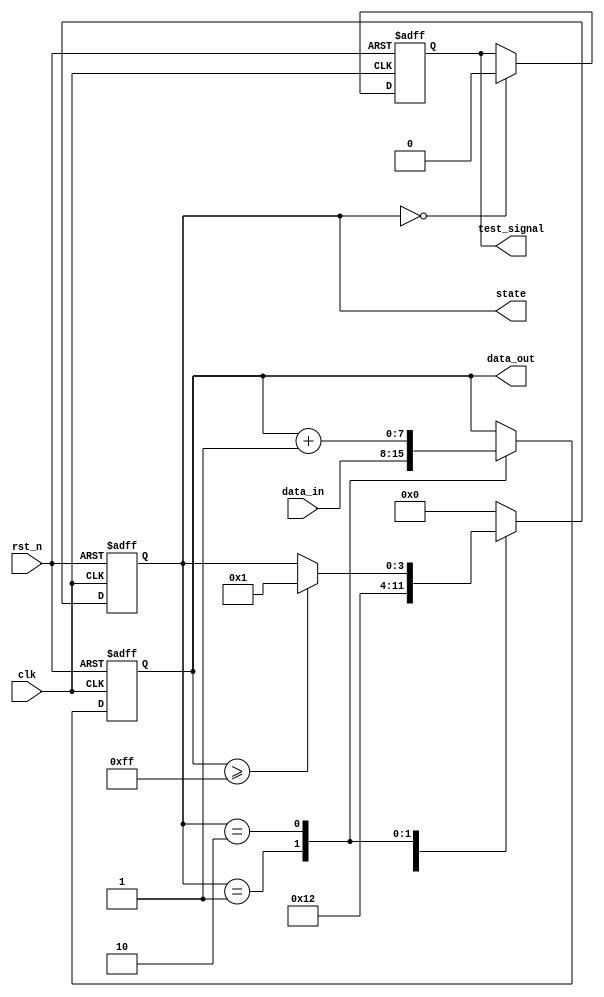
module reset_condition (
    input wire clk,              // Clock input
    input wire rst_n,            // Active-low reset input (active high can be implemented by changing conditions)
    input wire [7:0] data_in,    // Example data input signal
    output reg [7:0] data_out,    // Output signal after processing
    output reg [3:0] state,       // Internal state variable
    output reg test_signal       // Test signal for debug purposes
);

    // Define state constants
    localparam STATE_RESET    = 4'b0000;
    localparam STATE_NORMAL   = 4'b0001;
    localparam STATE_PROCESS  = 4'b0010;

    // Initial state
    initial begin
        state = STATE_RESET;
        data_out = 8'b0;
        test_signal = 1'b0;
    end

    // Synchronous reset behavior
    always @(posedge clk or negedge rst_n) begin
        if (!rst_n) begin
            // Reset condition acknowledged, set to reset state
            state <= STATE_RESET;
            data_out <= 8'b0; // Reset output data to known state
            test_signal <= 1'b1; // Indicate reset condition for testing
        end else begin
            // Normal operation
            case (state)
                STATE_RESET: begin
                    // Transition from reset state to normal state
                    state <= STATE_NORMAL;
                    test_signal <= 1'b0; // Reset test signal after reset
                end
                
                STATE_NORMAL: begin
                    // Process input data and update state
                    data_out <= data_in; // Example process: directly output the data input
                    state <= STATE_PROCESS; // Move to processing state
                end
                
                STATE_PROCESS: begin
                    // Example processing logic
                    // You can add more complex behavior here if needed
                    data_out <= data_out + 1; // Simple example: increment output
                    // Decide state transition based on conditions
                    if (data_out >= 8'hFF) begin
                        state <= STATE_NORMAL; // Transition back to normal state
                    end
                end
                
                default: begin
                    // Fallback state (should not happen)
                    state <= STATE_RESET;
                end
            endcase
        end
    end

endmodule